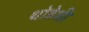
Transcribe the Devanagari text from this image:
थोडेशी